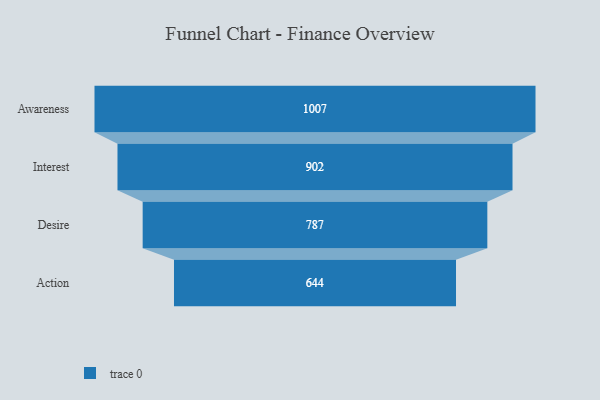
{"axis": {"x": "Stage", "y": "Value"}, "legend": [""], "data": [{"x": "Awareness", "y": 1007.0, "type": ""}, {"x": "Interest", "y": 902.0, "type": ""}, {"x": "Desire", "y": 787.0, "type": ""}, {"x": "Action", "y": 644.0, "type": ""}]}